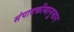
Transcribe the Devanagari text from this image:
संपादकीयानुसार